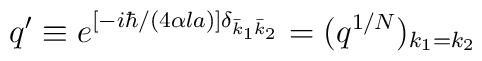
q'\equiv  e^{[-i\hbar/(4\alpha l a)]\delta_{\bar k_1\bar k_2}}=(q^{1/N})_{k_1=k_2}